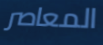
المعاصر